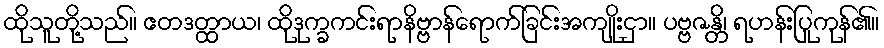
ထိုသူတို့သည်။ ဧတဒတ္ထာယ၊ ထိုဒုက္ခကင်းရာနိဗ္ဗာန်ရောက်ခြင်းအကျိုးငှာ။ ပဗ္ဗဇန္တိ၊ ရဟန်းပြုကုန်၏။